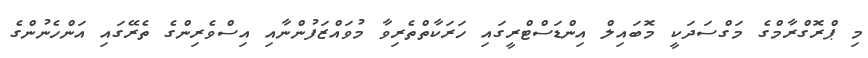
މި ޕްރޮގްރާމްގެ މަގްސަދަކީ މޮބައިލް އިންޑަސްޓްރީގައި ހަރަކާތްތެރިވާ މުވައްޒަފުންނާއި އިސްވެރިންގެ ތެރޭގައި އަންހެނުންގެ